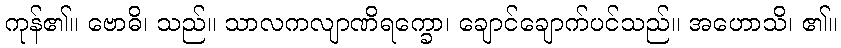
ကုန်၏။ ဗောဓိ၊ သည်။ သာလကလျာဏိရက္ခော၊ ချောင်ချောက်ပင်သည်။ အဟောသိ၊ ၏။